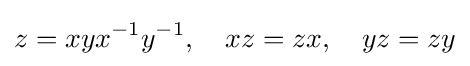
z=xyx^{-1}y^{-1},\quad xz=zx,\quad yz=zy